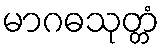
မာဂဓသုတ္တံ